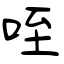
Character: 咥